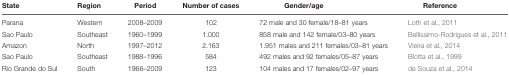
<table><thead><tr><td><b>State</b></td><td><b>Region</b></td><td><b>Period</b></td><td><b>Number of cases</b></td><td><b>Gender/age</b></td><td><b>Reference</b></td></tr></thead><tbody><tr><td>Parana</td><td>Western</td><td>2008–2009</td><td>102</td><td>72 male and 30 female/18–81 years</td><td>Loth et al., 2011</td></tr><tr><td>Sao Paulo</td><td>Southeast</td><td>1960–1999</td><td>1.000</td><td>858 male and 142 female/03–80 years</td><td>Bellissimo-Rodrigues et al., 2011</td></tr><tr><td>Amazon</td><td>North</td><td>1997–2012</td><td>2.163</td><td>1.951 males and 211 females/03–81 years</td><td>Vieira et al., 2014</td></tr><tr><td>Sao Paulo</td><td>Southeast</td><td>1988–1996</td><td>584</td><td>492 males and 92 females/05–87 years</td><td>Blotta et al., 1999</td></tr><tr><td>Rio Grande do Sul</td><td>South</td><td>1966–2009</td><td>123</td><td>104 males and 17 females/02–97 years</td><td>de Souza et al., 2014</td></tr></tbody></table>